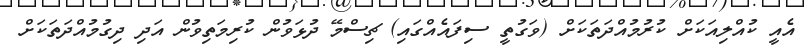
އެއީ ކުއްލިއަކަށް ކުރުމުއްދަތަކަށް (ވަގުތީ ސިފައެއްގައި) ޗިސްމޭ ދުޅަވުން ކުރިމަތިވުން އަދި ދިގުމުއްދަތަކަށް